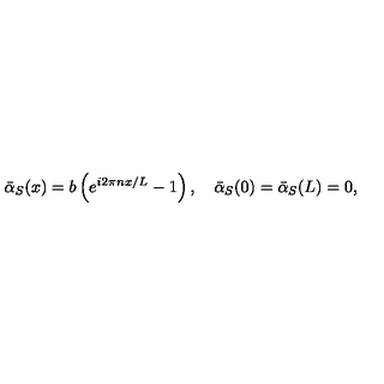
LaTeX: { \bar { \alpha } } _ { S } ( x ) = b \left( e ^ { i 2 \pi n x / L } - 1 \right) , \quad { \bar { \alpha } } _ { S } ( 0 ) = { \bar { \alpha } } _ { S } ( L ) = 0 ,